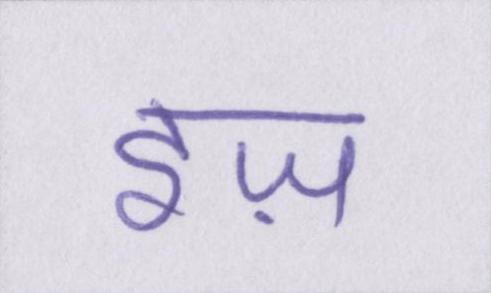
इज़